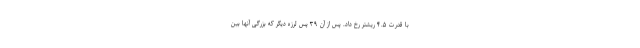
با قدرت ۴.۵ ریشتر رخ داد. پس از آن ۳۹ پس لرزه دیگر که بزرگی آنها بین